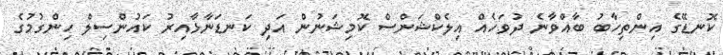
ކޮނޑޭގެ އިންތިހާބު ބާއްވާނެ ދުވަހެއް އިލެކްޝަންސް ކޮމިޝަނުން އަދި ކަނޑަނާޅާއިރު ކައުންސިލް ހިންގުމުގެ